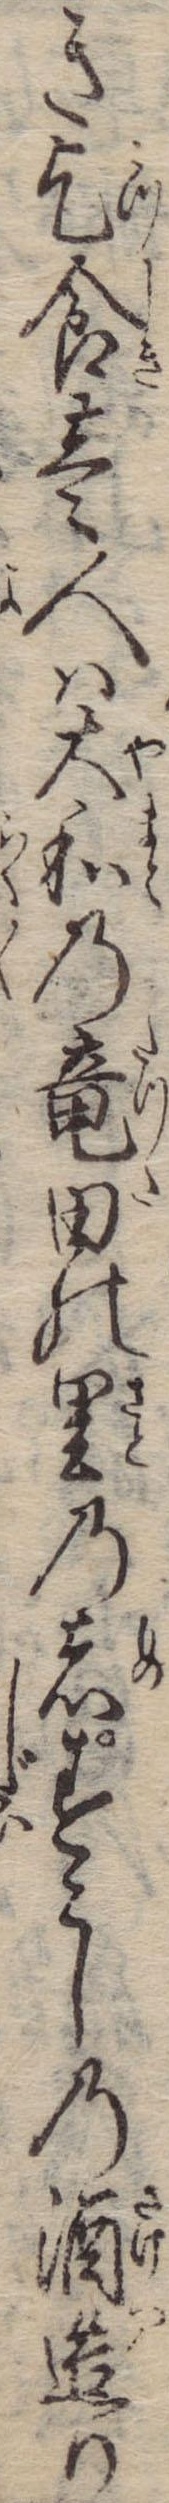
き乞食壱人は大和の竜田の里の者すこしの酒造り